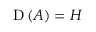
\operatorname { D } \left( A \right) = H